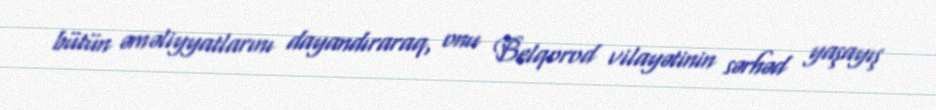
bütün əməliyyatlarını dayandıraraq, onu Belqorod vilayətinin sərhəd yaşayış